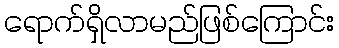
ရောက်ရှိလာမည်ဖြစ်ကြောင်း